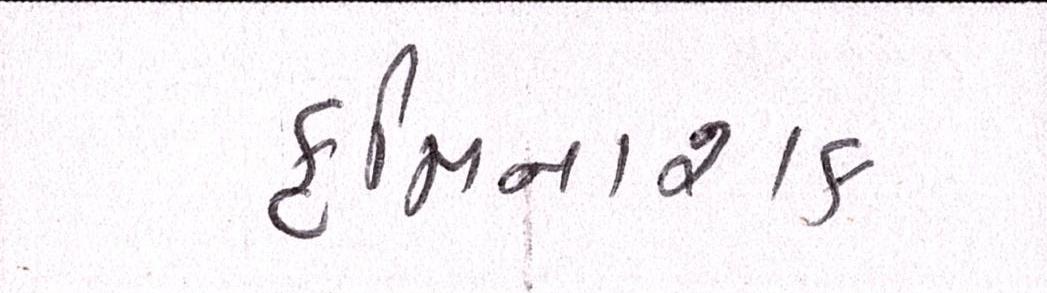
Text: કૃમિનાશક